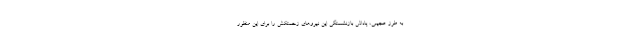
به طرز عجیبی، پاداش بازنشستگی این نیروهای زحمتکش را برای این منظور